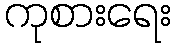
ကုစားရေး